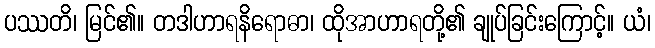
ပဿတိ၊ မြင်၏။ တဒါဟာရနိရောဓာ၊ ထိုအာဟာရတို့၏ ချုပ်ခြင်းကြောင့်။ ယံ၊